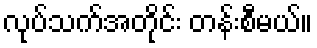
လုပ်သက်အတိုင်း တန်းစီမယ်။